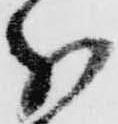
分